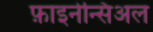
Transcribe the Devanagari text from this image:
फ़ाइनेन्सिअल